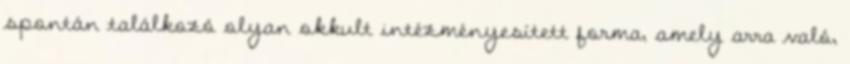
spontán talál­ko­zó o­lyan okkult intézményesített forma, amely arra va­ló,